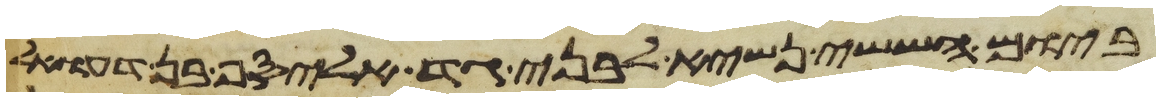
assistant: ביום הששי נשיא לבני גד אליסף בן דעואל